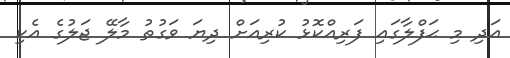
އަދި މި ޙަފްލާގައި ފަރިއްކޮޅު ކުރިއަށް ދިޔަ ވަގުތު މާލޭ ޖަލުގެ އެކި